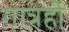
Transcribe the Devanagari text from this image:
गात्रेही